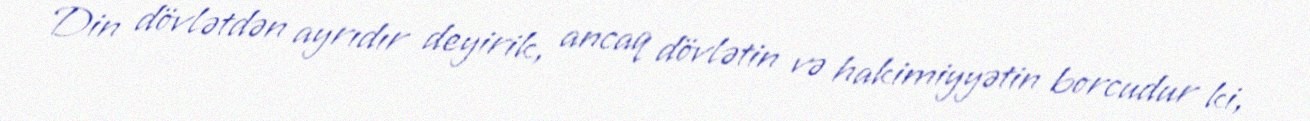
Din dövlətdən ayrıdır deyirik, ancaq dövlətin və hakimiyyətin borcudur ki,